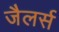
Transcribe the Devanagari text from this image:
जैलर्स